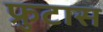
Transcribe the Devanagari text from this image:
फ्रुटास